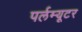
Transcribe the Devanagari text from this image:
पर्लम्यूटर